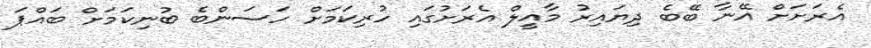
އެރަށަށް އޭނާ ބޭބެ ދިޔައިރު މާއީލް އެރަށުގައި ހުރިކަމަށް ހަސަންބެ ބުނިކަމަށް ބައްޕަ